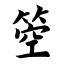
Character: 箜